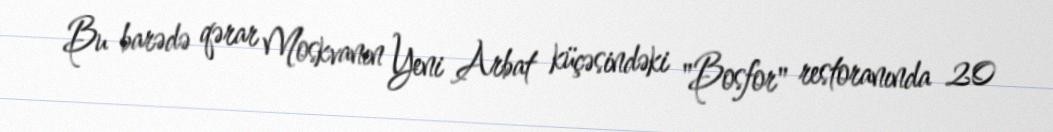
Bu barədə qərar Moskvanın Yeni Arbat küçəsindəki "Bosfor" restoranında 20